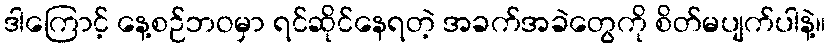
ဒါကြောင့် နေ့စဉ်ဘဝမှာ ရင်ဆိုင်နေရတဲ့ အခက်အခဲတွေကို စိတ်မပျက်ပါနဲ့။